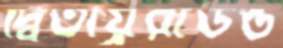
দ্বিতীয়্ররাউন্ড